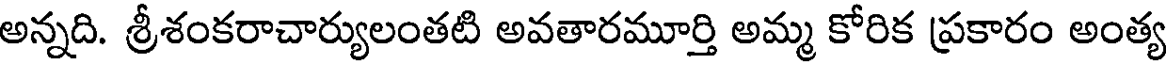
అన్నది. శ్రీశంకరాచార్యులంతటి అవతారమూర్తి అమ్మ కోరిక ప్రకారం అంత్య